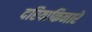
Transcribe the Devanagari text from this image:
दरियाकिनारे